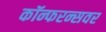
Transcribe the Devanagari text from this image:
कॉन्फरन्सवर